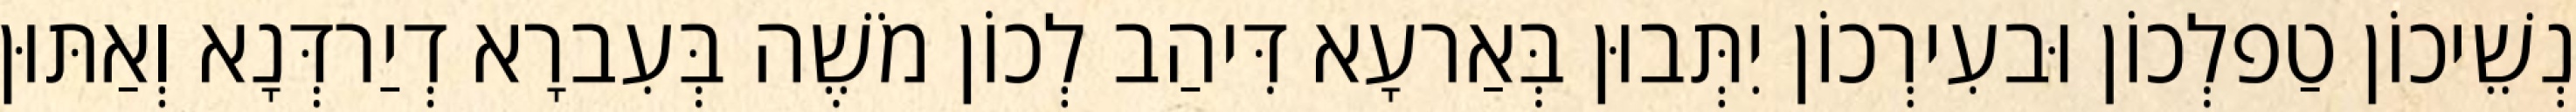
נְשֵׁיכוֹן טַפלְכוֹן וּבעִירְכוֹן יִתְּבוּן בְּאַרעָא דִּיהַב לְכוֹן מֹשֶׁה בְּעִברָא דְיַרדְּנָא וְאַתּוּן